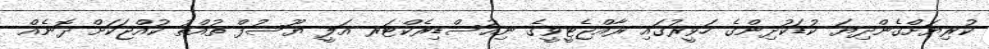
ކުރިޔަށްގެންދިޔަ ކުޑަކުދިންގެ ހަވީރުގައި ރާއްޖެޓީވީގެ ނިއުސްޑިރެކްޓަރ އަލީ ޔޫސުފް ތުއްތު ކުއްޖަކަށް ދޮނެއް